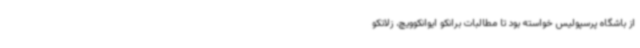
از باشگاه پرسپولیس خواسته بود تا مطالبات برانکو ایوانکوویچ، زلاتکو